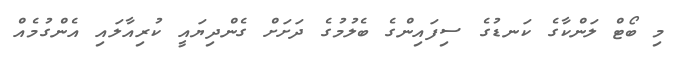
މި ބޯޓް ލަންކާގެ ކަނޑުގެ ސިފައިންގެ ބެލުމުގެ ދަށަށް ގެންދިޔައީ ކުރިއާލައި އެންގުމެއް